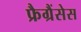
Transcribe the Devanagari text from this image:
फ्रैग्रैंसेस